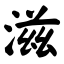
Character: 滋